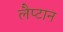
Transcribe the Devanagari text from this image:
लैप्टान